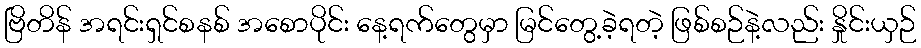
ဗြိတိန် အရင်းရှင်စနစ် အစောပိုင်း နေ့ရက်တွေမှာ မြင်တွေ့ခဲ့ရတဲ့ ဖြစ်စဉ်နဲ့လည်း နှိုင်းယှဉ်